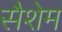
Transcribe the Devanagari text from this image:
सैशेम